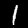
Digit: 1